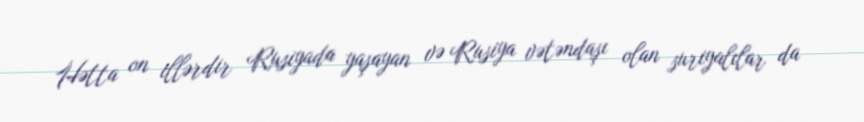
Hətta on illərdir Rusiyada yaşayan və Rusiya vətəndaşı olan suriyalılar da